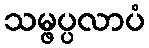
သမ္ဖပ္ပလာပံ